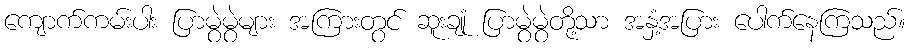
ကျောက်ကမ်းပါး ပြာမွဲမွဲများ အကြားတွင် ဆူးချုံ ပြာမွဲမွဲတို့သာ အနှံ့အပြား ပေါက်နေကြသည်။